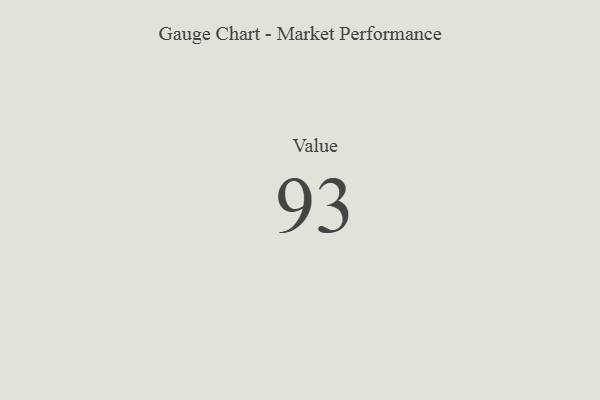
{"axis": {"x": "Metric", "y": "Value"}, "legend": [""], "data": [{"x": "Value", "y": 93, "type": ""}]}